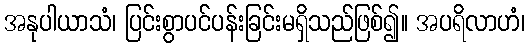
အနုပါယာသံ၊ ပြင်းစွာပင်ပန်းခြင်းမရှိသည်ဖြစ်၍။ အပရိလာဟံ၊